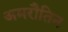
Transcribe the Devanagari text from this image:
अमरौतिन